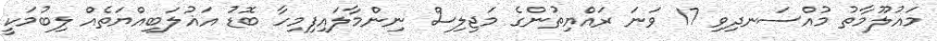
މައުލޫމާތު މުއްސަނދިވި 17 ވަނަ ރައްޔިތުންގެ މަޖިލިސް ނިންމާލައިފިމިހާ ބޮޑު އަޣުލަބިއްޔަތެއް ލިބުމަކީ